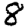
Digit: 8